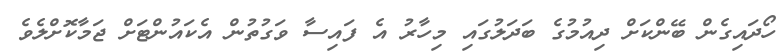
ހޯދައިގެން ބޭންކަށް ދިއުމުގެ ބަދަލުގައި މިހާރު އެ ފައިސާ ވަގުތުން އެކައުންޓަށް ޖަމާކޮށްލެވެ